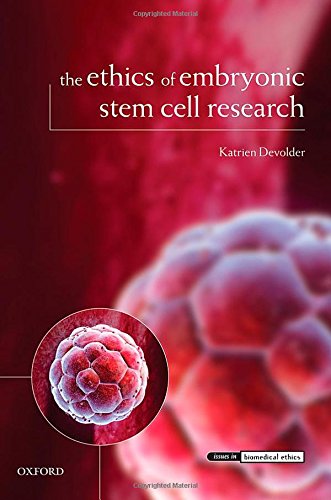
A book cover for The Ethics of Embryonic Stem Cell Research (Issues in Biomedical Ethics); Katrien Devolder; Law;